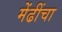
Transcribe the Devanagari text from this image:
मेंढींचा